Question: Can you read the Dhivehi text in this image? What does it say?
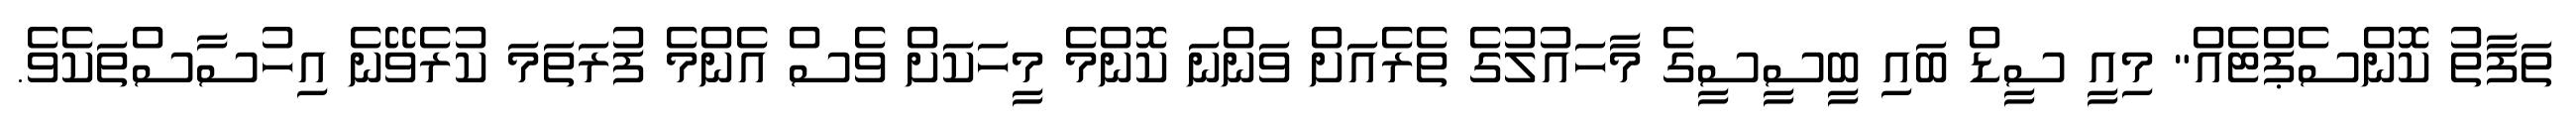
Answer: ތަފާތު ކޮންސެޕްޓެއް" މިއީ ސީޑް ބައި ބީސީސީގެ މާހައުލުގެ ތެރެއަށް ވަންނަ ކޮންމެ މީހަކަށް ވެސް އެންމެ ފުރަތަމަ ކުރެވޭނެ އިހުސާސްތަކެވެ.